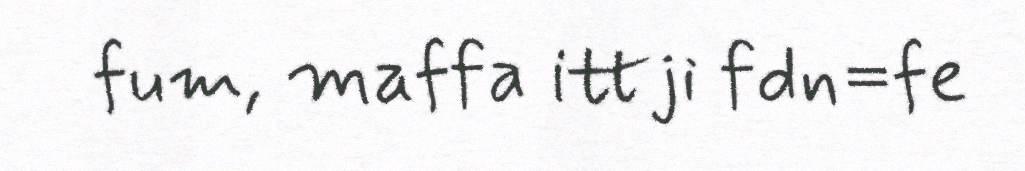
fum, maffa ittji fdn=fe